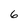
Character: 6